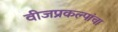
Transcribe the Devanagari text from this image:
वीजप्रकल्पांचा